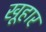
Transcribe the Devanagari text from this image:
खूहार